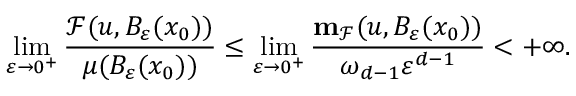
\operatorname* { l i m } _ { \varepsilon \to 0 ^ { + } } \frac { \mathcal { F } ( u , B _ { \varepsilon } ( x _ { 0 } ) ) } { \mu ( B _ { \varepsilon } ( x _ { 0 } ) ) } \leq \operatorname* { l i m } _ { \varepsilon \to 0 ^ { + } } \frac { \mathbf { m } _ { \mathcal { F } } ( u , B _ { \varepsilon } ( x _ { 0 } ) ) } { \omega _ { d - 1 } \varepsilon ^ { d - 1 } } < + \infty .